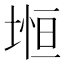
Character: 𡍷